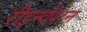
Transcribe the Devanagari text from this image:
रीइन्वेंशन